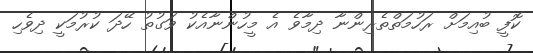
ކޮފީ ބުއިމަށް ރަހުމަތްތެރިންނާ ދިމާވެ އެ މީހުންނާއެކު ވަގުތު ހޭދަ ކުރުމަކީ ދިވެހި